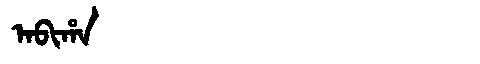
Manchu: ᠠᠪᡳᡥᠠ
Romanization: ABIHA